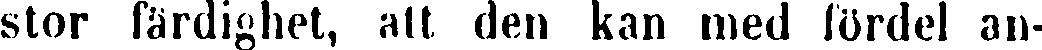
stor färdighet, att den kan med fördel an-